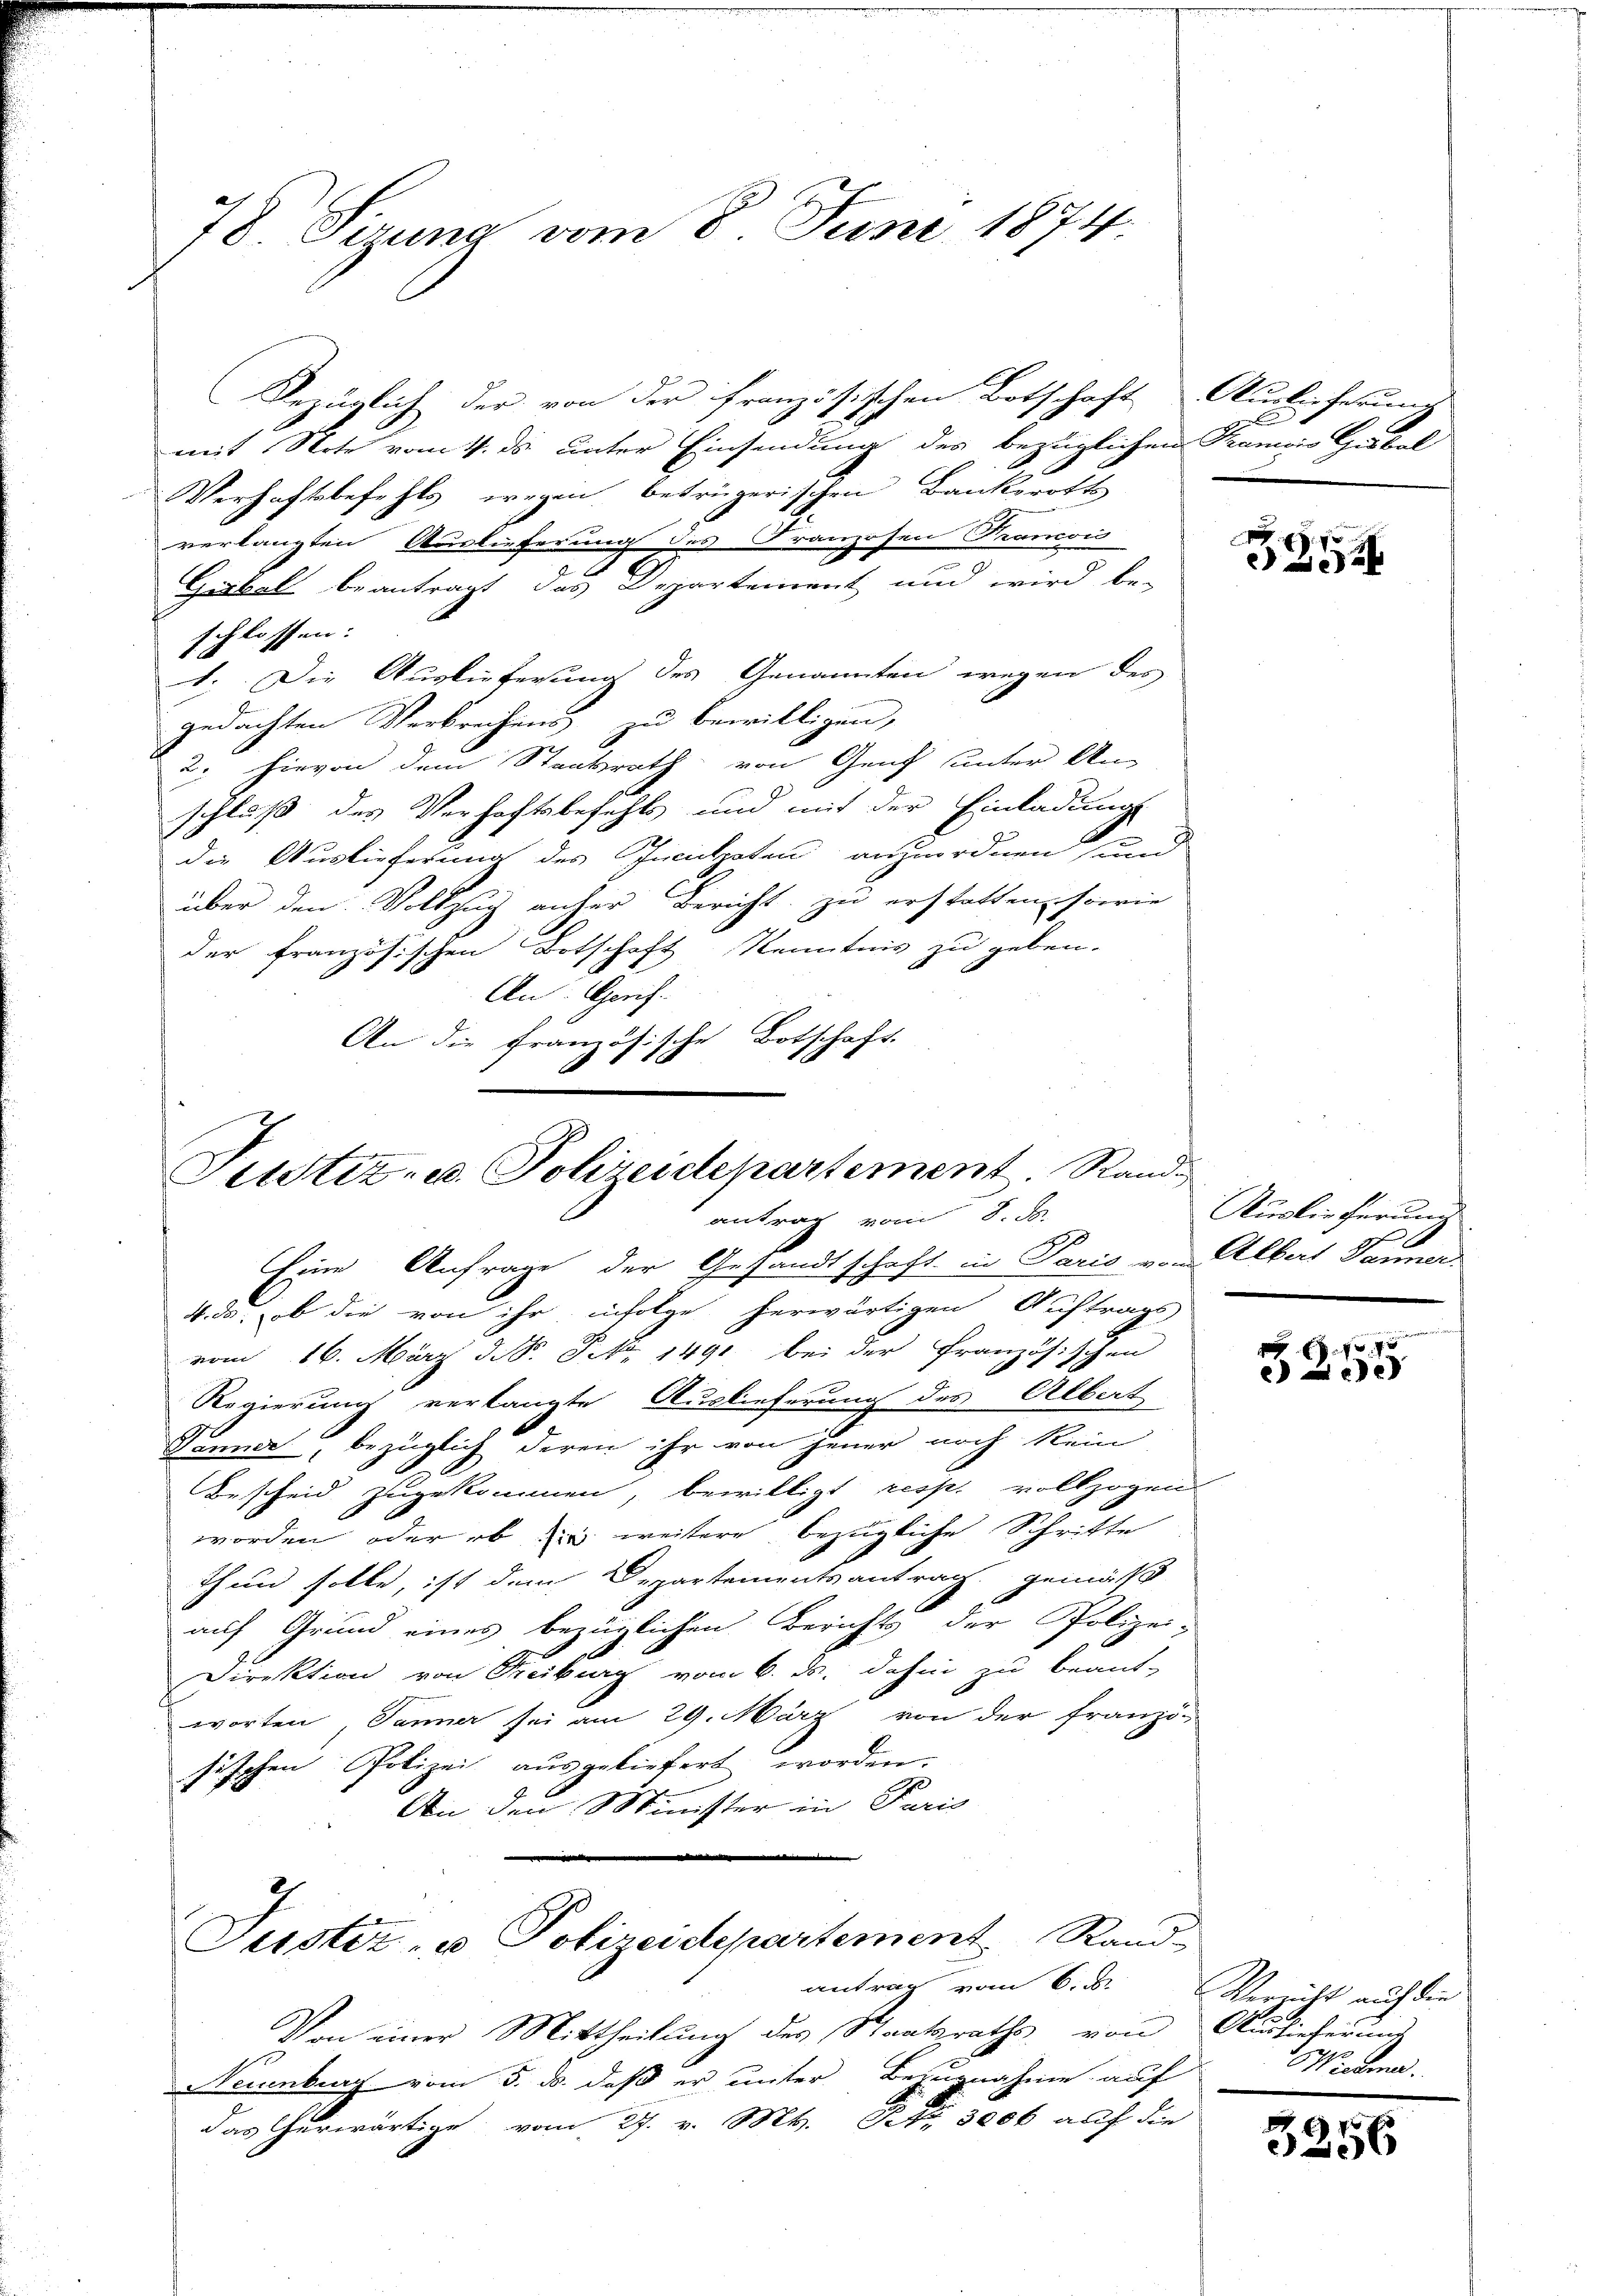
78 Sizung vom 8. Juni 1874

Bezüglich der von der französischen Botschaft Auslieferung
mit Note vom 4. ds. unter Einsendung des bezüglichen Tramois Gabel
Verhaftsbefehls wegen betrügerischen Bankororts
verlangten Auslieferung des Franzosen Francon
Gubal beantragt das Departement und wird be-
schlossen.
1. Die Auslieferung des Genannten wegen des
gedachten Verbrechens zu bewilligen,
2. hievon dem Staatsrath von Genf unter An-
schluß des Verhaftsbefehls und mit der Einladung
die Auslieferung des Licitaten anzuordnen, und
über den Vollzug anher Bericht zu erstatten sowie
der französischen Botschaft Kenntnis zu geben.
An: Gerich
An die französische Botschaft.

Justiz- u. Polizeidepartement. Rand
antrag vom 8. ds.
Eine Anfrage der Gesandtschaft in Paris von Albat Panner
1. da, ob die von ihr infolge herwärtigen Auftrags-

vom 16. März d. S. S. 1491 bei der Französischen
Regierung verlangte Auslieferung des Albat
Sonner, bezüglich deren ihr von jener noch kein
Bescheid zugekommen, bewilligt resp. vollzogen
worden, oder ob in weitere bezügliche Schritte
Thun solle, ist dem Departementsantrag gemäß
auf Grund eines bezüglichen Berichts der Polizei-
Direktion von Treiburg vom 6. ds. dahin zu beant-
worten, Jänner sei am 29. März von der franzö-
sischen Polizei ausgeliefert worden.
An den Minister in Paris
3
Justiz- u Polizeidepartement. Rand-
antrag vom 6. d.
Von einer Mittheilung des Staatsraths von Auslieferung
Neuenburg vom 5. ds. daß er unter Bezugnahme auf
das erwärtige vom 27. v. M. D. 3000 auf die

3354

Auslieferung

e
 x 1 40
e

Verricht auch den
Wiedener.

d
256